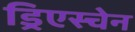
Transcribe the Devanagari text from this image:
ड्रिएस्चेन